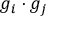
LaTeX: g _ { i } \cdot g _ { j }